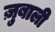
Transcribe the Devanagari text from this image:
ज़ुबाली